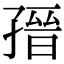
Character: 𡦌